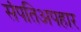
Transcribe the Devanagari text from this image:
संपतिअपहार